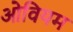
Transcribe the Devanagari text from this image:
ओवियम